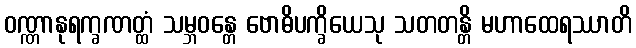
ဝဏ္ဏာနုရက္ခဏတ္ထံ သမ္ဘဝန္တေ ဗောဓိပက္ခိယေသု သတတန္တိ မဟာထေရဿာတိ